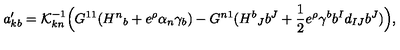
a _ { k b } ^ { \prime } = { \cal K } _ { k n } ^ { - 1 } \Bigl ( G ^ { 1 1 } ( { H ^ { n } } _ { b } + e ^ { \rho } \alpha _ { n } \gamma _ { b } ) - G ^ { n 1 } ( { H ^ { b } } _ { J } b ^ { J } + { \frac { 1 } { 2 } } e ^ { \rho } \gamma ^ { b } b ^ { I } d _ { I J } b ^ { J } ) \Bigr ) ,